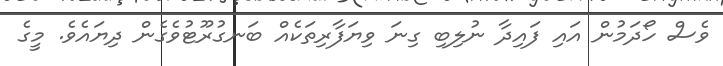
ވެސް ހޯދަމުން އައި ފައިދާ ނުލިބި ގިނަ ވިޔަފާރިތަކެއް ބަނގުރޫޓުވެގެން ދިޔައެވެ. މީގެ